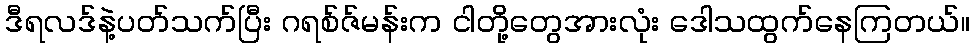
ဒီရလဒ်နဲ့ပတ်သက်ပြီး ဂရစ်ဇ်မန်းက ငါတို့တွေအားလုံး ဒေါသထွက်နေကြတယ်။